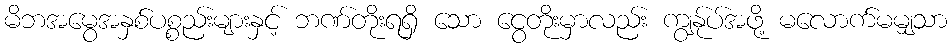
မိဘအမွေအနှစ်ပစ္စည်းများနှင့် ဘဏ်တိုးရရှိ သော ငွေတိုးမှာလည်း ကျွန်ုပ်အဖို့ မလောက်မမျှသာ